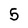
Character: 5